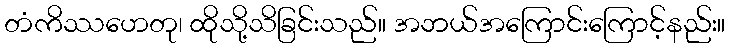
တံကိဿဟေတု၊ ထိုသို့သိခြင်းသည်။ အဘယ်အကြောင်းကြောင့်နည်း။